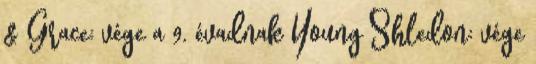
& Grace: vége a 9. évadnak Young Shledon: vége